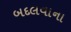
બદલવાના